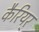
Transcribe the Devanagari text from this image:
कैरियर्